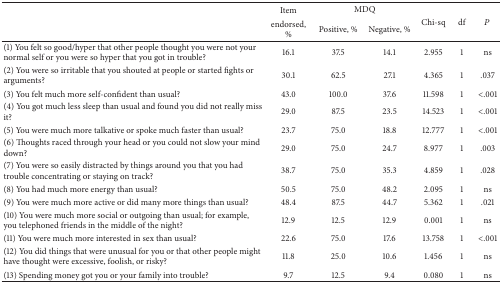
|  | Item | <COLSPAN=2> MDQ |  |  |  |
 |  | endorsed,% | Positive, % | Negative, % | Chi-sq | df | P |
 | --- | --- | --- | --- | --- | --- | --- |
 | (1) You felt so good/hyper that other people thought you were not your normal self or you were so hyper that you got in trouble? | 16.1 | 37.5 | 14.1 | 2.955 | 1 | ns |
 | (2) You were so irritable that you shouted at people or started fights or arguments? | 30.1 | 62.5 | 27.1 | 4.365 | 1 | .037 |
 | (3) You felt much more self-confident than usual? | 43.0 | 100.0 | 37.6 | 11.598 | 1 | <.001 |
 | (4) You got much less sleep than usual and found you did not really miss it? | 29.0 | 87.5 | 23.5 | 14.523 | 1 | <.001 |
 | (5) You were much more talkative or spoke much faster than usual? | 23.7 | 75.0 | 18.8 | 12.777 | 1 | <.001 |
 | (6) Thoughts raced through your head or you could not slow your mind down? | 29.0 | 75.0 | 24.7 | 8.977 | 1 | .003 |
 | (7) You were so easily distracted by things around you that you had trouble concentrating or staying on track? | 38.7 | 75.0 | 35.3 | 4.859 | 1 | .028 |
 | (8) You had much more energy than usual? | 50.5 | 75.0 | 48.2 | 2.095 | 1 | ns |
 | (9) You were much more active or did many more things than usual? | 48.4 | 87.5 | 44.7 | 5.362 | 1 | .021 |
 | (10) You were much more social or outgoing than usual; for example, you telephoned friends in the middle of the night? | 12.9 | 12.5 | 12.9 | 0.001 | 1 | ns |
 | (11) You were much more interested in sex than usual? | 22.6 | 75.0 | 17.6 | 13.758 | 1 | <.001 |
 | (12) You did things that were unusual for you or that other people might have thought were excessive, foolish, or risky? | 11.8 | 25.0 | 10.6 | 1.456 | 1 | ns |
 | (13) Spending money got you or your family into trouble? | 9.7 | 12.5 | 9.4 | 0.080 | 1 | ns |